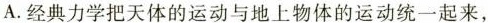
A.经典力学把天体的运动与地上物体的运动统一起来，